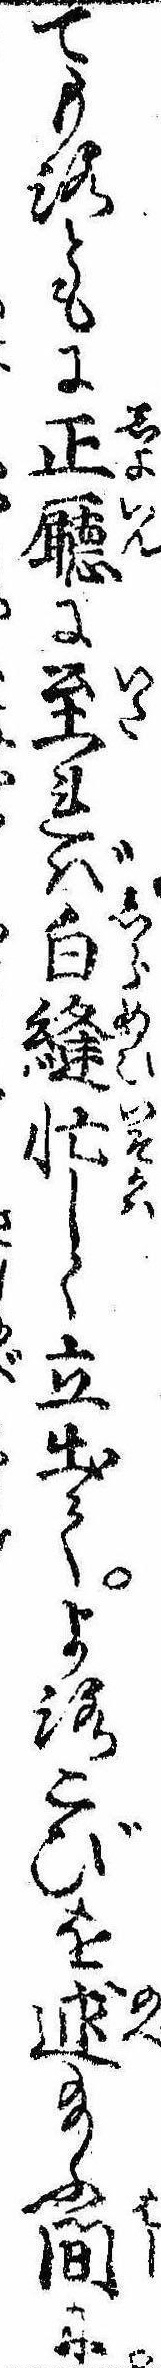
てもろともに正廰に至れば白縫忙しく立出てよろこびを述給ふ間に